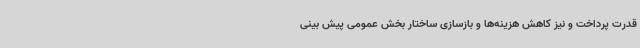
قدرت پرداخت و نیز کاهش هزینه‌ها و بازسازی ساختار بخش عمومی پیش بینی